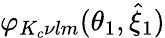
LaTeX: \varphi_{K_{c}\nu lm}(\theta_{1},\hat{\xi}_{1})